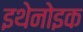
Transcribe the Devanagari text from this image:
इथेनोइक